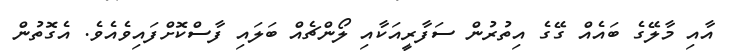
އާއި މާލޭގެ ބައެއް ގޭގެ އިތުރުން ސަފާރީއަކާއި ލޯންޗެއް ބަލައި ފާސްކޮށްފައިވެއެވެ. އެގޮތުން